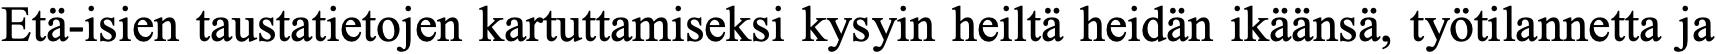
Etä-isien taustatietojen kartuttamiseksi kysyin heiltä heidän ikäänsä, työtilannetta ja